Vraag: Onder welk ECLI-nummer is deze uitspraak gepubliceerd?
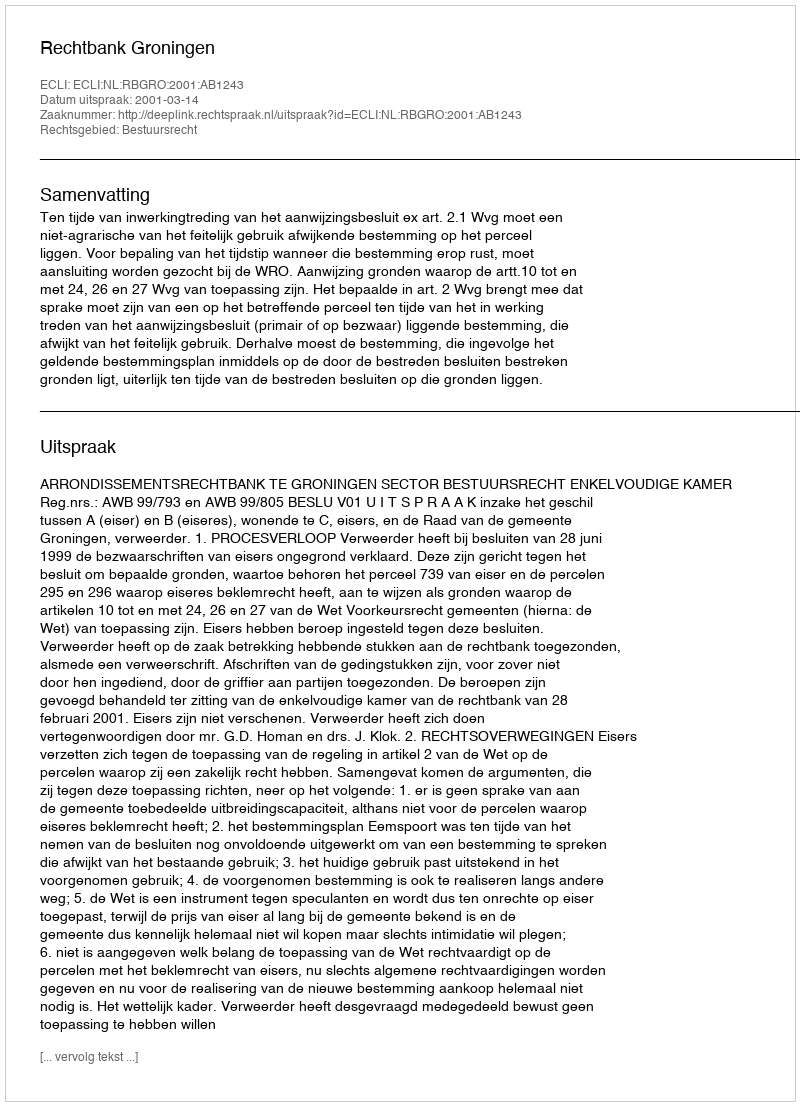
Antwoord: ECLI:NL:RBGRO:2001:AB1243